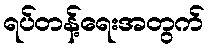
ရပ်တန့်ရေးအတွက်